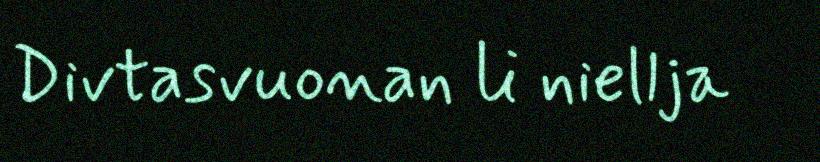
Divtasvuonan li niellja